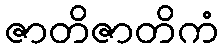
ဇာတိဇာတိကံ